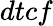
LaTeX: dtcf